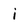
Character: i